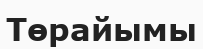
Төрайымы